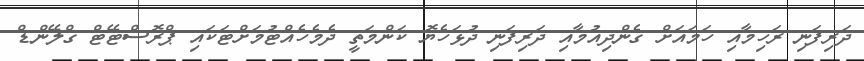
ދަރިފަނި ރަހިމާއި ހަމައަށް ގެންދިއުމާއި ދަރިފަނި ދުޅަހެޔޮ ކަންމަތީ ދެމެހެއްޓުމަށްޓަކައި ޕްރޮސްޓޭޓް ގްލޭންޑް